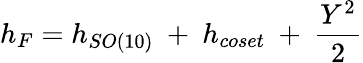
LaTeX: h_{F}=h_{SO(10)}\ +\ h_{coset}\ +\ {\frac{Y^{2}}{2}}